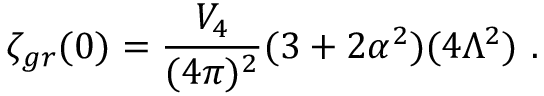
\zeta _ { g r } ( 0 ) = \frac { V _ { 4 } } { ( 4 \pi ) ^ { 2 } } ( 3 + 2 \alpha ^ { 2 } ) ( 4 \Lambda ^ { 2 } ) \ .